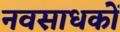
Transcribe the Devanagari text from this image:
नवसाधकों